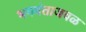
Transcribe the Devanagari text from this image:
भगवंताजवळ